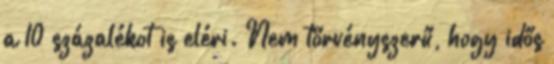
a 10 százalékot is eléri. Nem törvényszerű, hogy idős